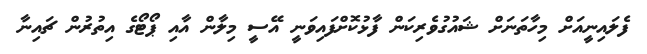
ފެލައިނީއަށް މިހާތަނަށް ޝައުގުވެރިކަން ފާޅުކޮށްފައިވަނީ އޭސީ މިލާން އާއި ޕޯޓޯގެ އިތުރުން ޗައިނާ